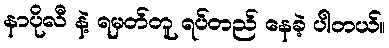
နာပိုလီ နဲ့ ရမှတ်တူ ရပ်တည် နေခဲ့ ပါတယ်။